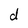
Character: d